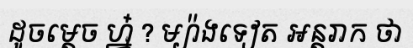
ដូចម្តេច ហ្ន៎ ? ម្យ៉ាងទៀត អន្តរាក ថា